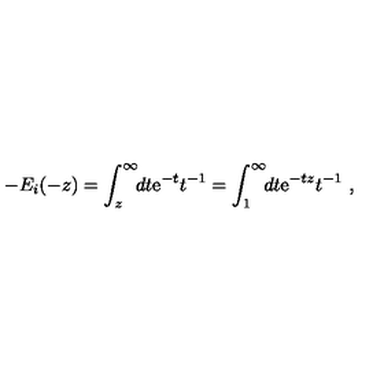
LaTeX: - E _ { i } ( - z ) = \int _ { z } ^ { \infty } \! \! d t { \mathrm e } ^ { - t } t ^ { - 1 } = \int _ { 1 } ^ { \infty } \! \! d t { \mathrm e } ^ { - t z } t ^ { - 1 } \ ,